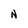
Character: N